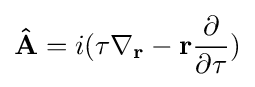
\mathbf {\hat {A}} =i(\tau \mathbf {\nabla } _{\mathbf {r} }-\mathbf {r} {\frac {\partial }{\partial \tau }})